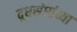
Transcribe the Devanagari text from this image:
दूधसंघांच्या